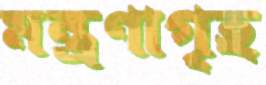
মন্ত্রণাগৃহ